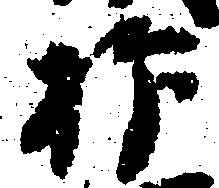
抑